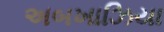
અબખાઝિયા